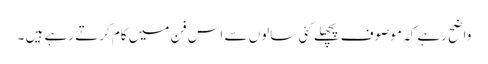
واضح رہے کہ موصوف پچھلے کئی سالوں سے اس فن میں کام کرتے رہے ہیں ۔